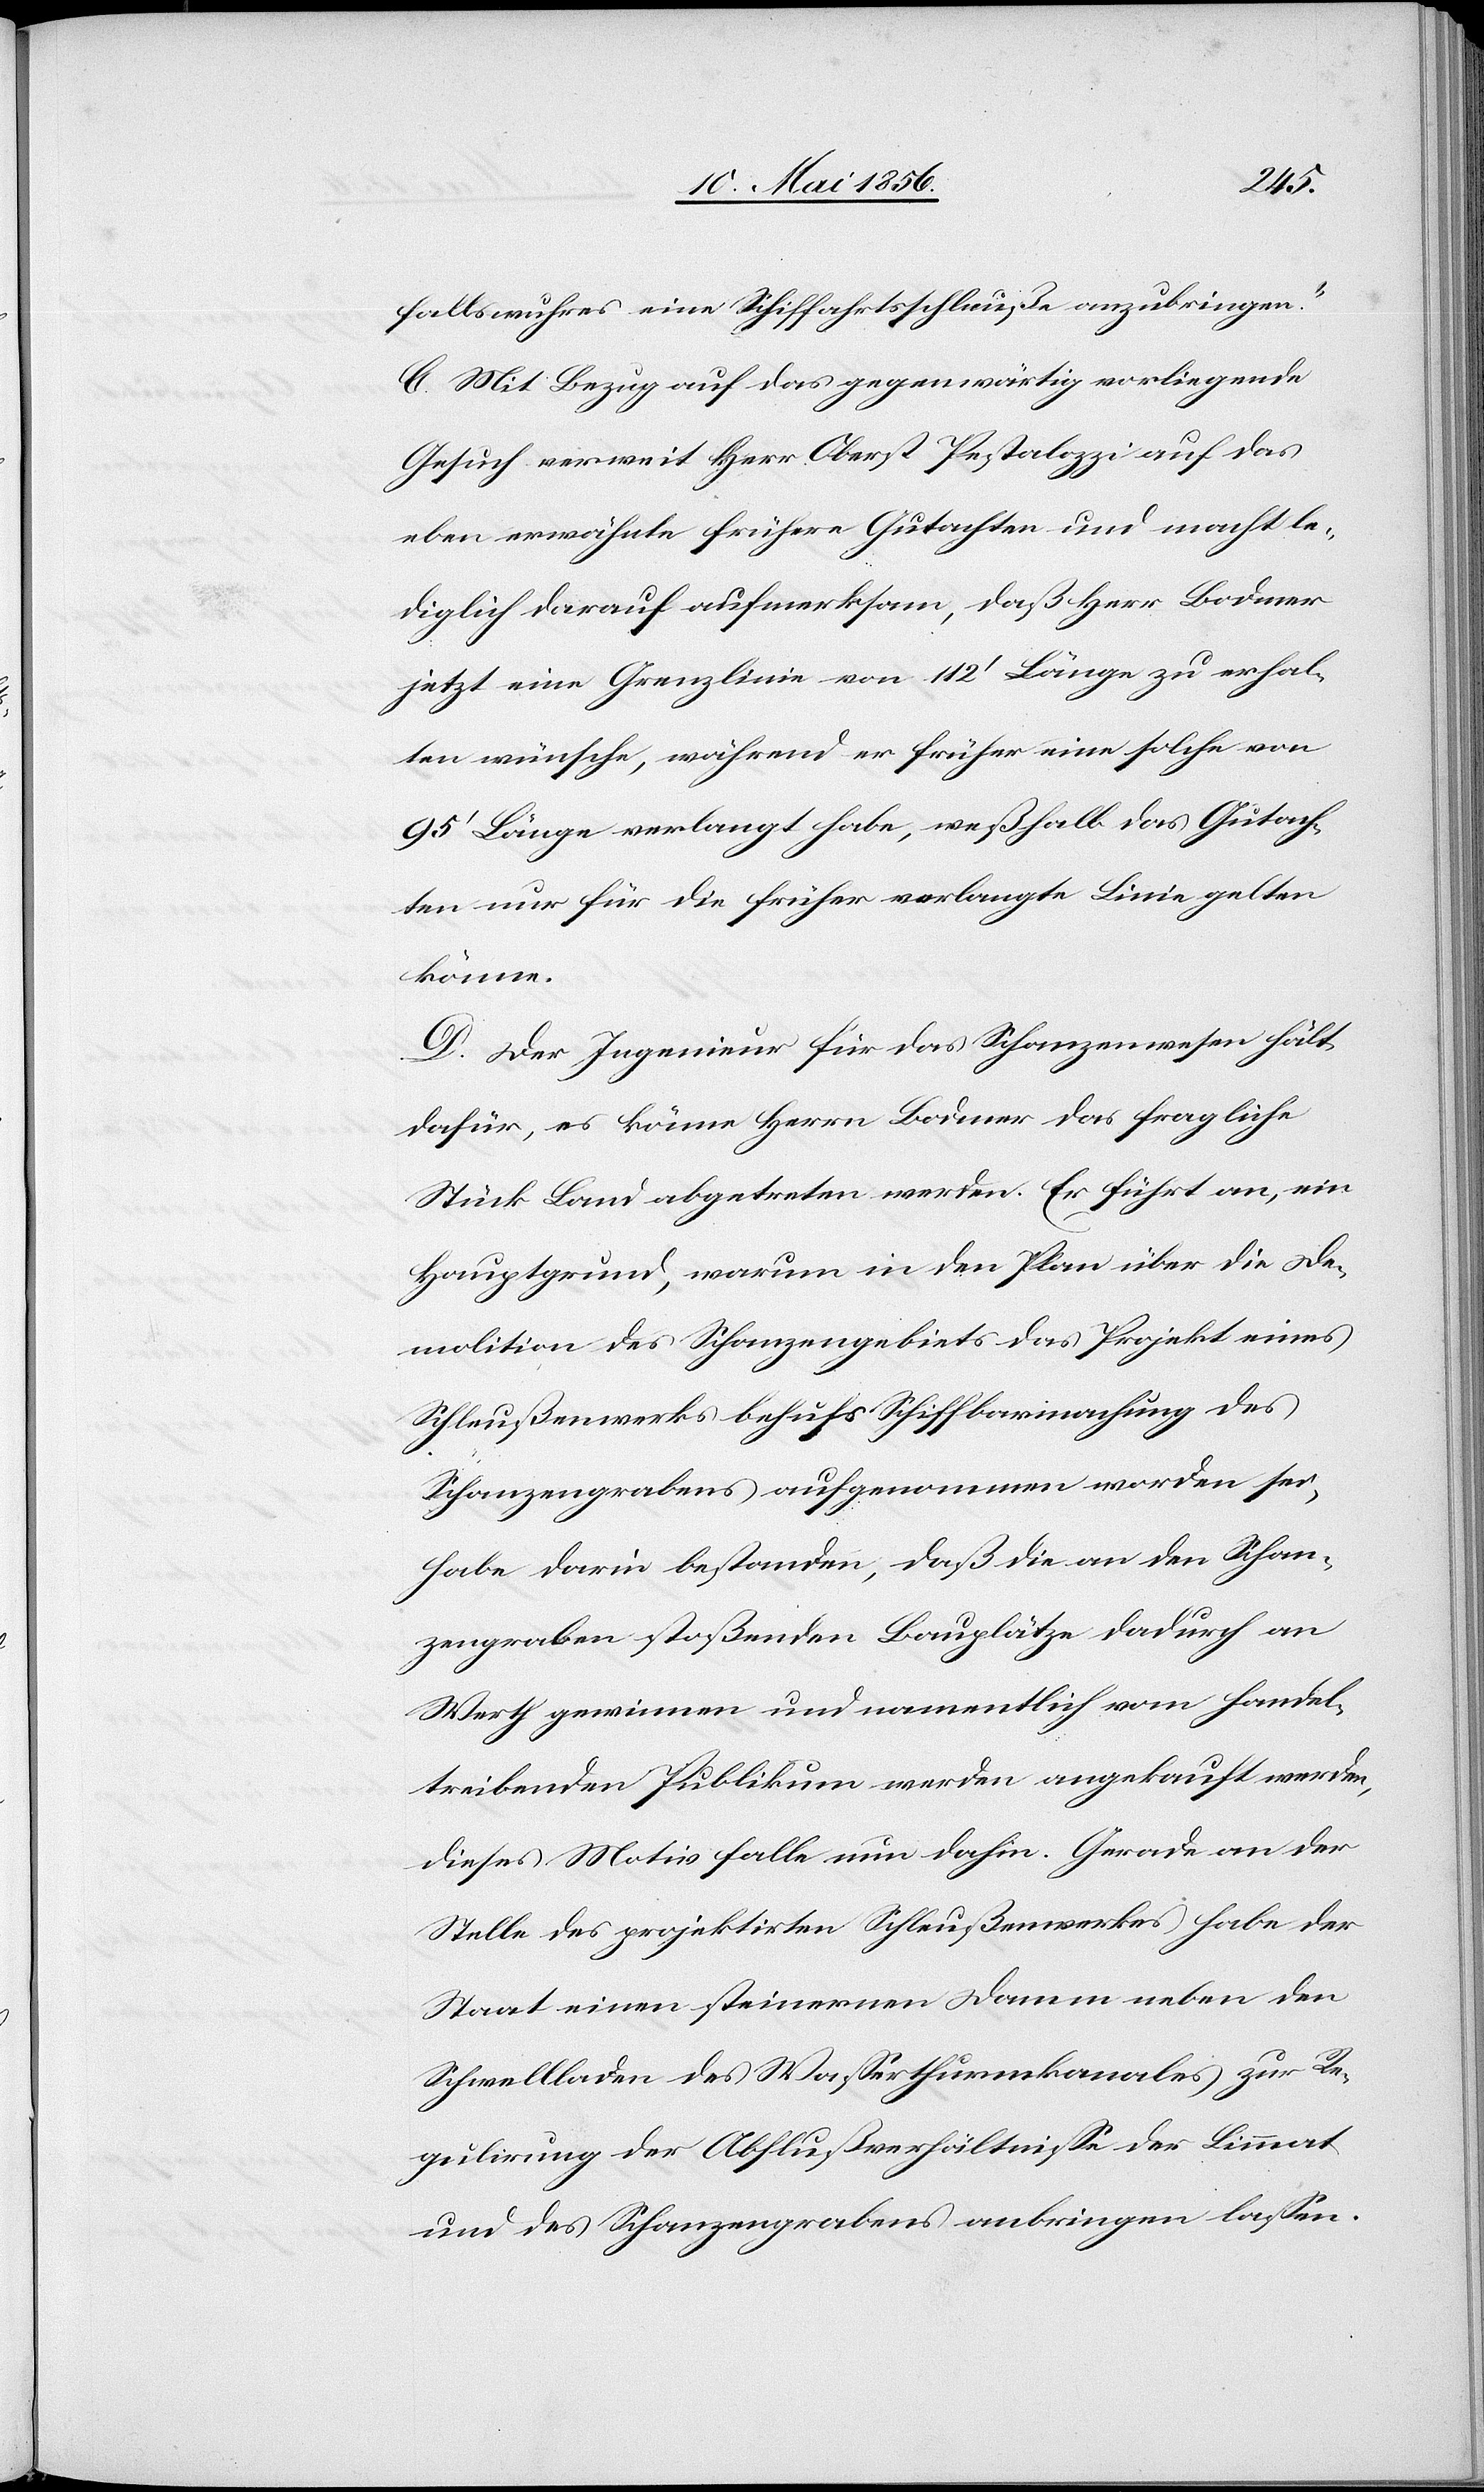
fallswuhres eine Schiffahrtsschleuße anzubringen.“
C. Mit Bezug auf das gegenwärtig vorliegende
Gesuch verwei[s]t Herr Oberst Pestalozzi auf das
eben erwähnte frühere Gutachten und macht le¬
diglich darauf aufmerksam, daß Herr Bodmer
jetzt eine Grenzlinie von 112’ Länge zu erhal¬
ten wünsche, während er früher eine solche von
95’ Länge verlangt habe, weßhalb das Gutach¬
ten nur für die früher verlangte Linie gelten
könne.
D. Der Ingenieur für das Schanzenwesen hält
dafür, es könne Herrn Bodmer das fragliche
Stück Land abgetreten werden. Er führt an, ein
Hauptgrund, warum in den Plan über die De¬
molition des Schanzengebiets das Projekt eines
Schleußenwerks behufs Schiffbarmachung des
Schanzengrabens aufgenommen worden sei,
habe darin bestanden, daß die an den Schan¬
zengraben stoßenden Bauplätze dadurch an
Werth gewinnen und namentlich vom handel¬
treibenden Publikum werden angekauft werden,
dieses Motiv falle nun dahin. Gerade an der
Stelle des projektirten Schleußenwerkes habe der
Staat einen steinernen Damm neben den
Schwellladen des Wasserthurmkanals zur Re¬
gulirung der Abflußverhältnisse der Limmat
und des Schanzengrabens anbringen lassen.